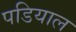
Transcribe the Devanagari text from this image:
पडियाल